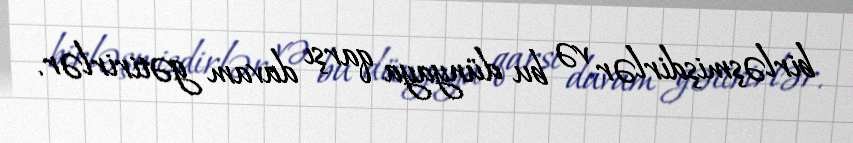
birləşmişdirlər və bu dünyaya qarşı davam gətirirlər.